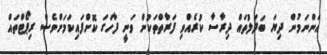
އަންނަމުން ދިޔަ ބަދަލުތައް ދިރާސާ ކުރެއްވި ފަރާތްތަކުން ވަނީ ފާހަގަ ކޮށްފައިކަމަށްވެސް ރިޕޯޓްތައް